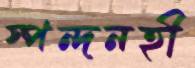
স্পন্দনহী